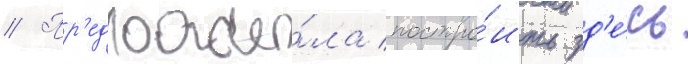
// Пр'едложи́ла постро́ить зд'е́сь